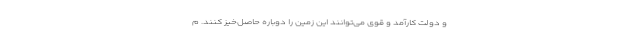
و دولت کارآمد و قوی می‌توانند این زمین را دوباره حاصل‌خیز کنند. م